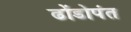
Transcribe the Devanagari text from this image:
ढोंडोपंत